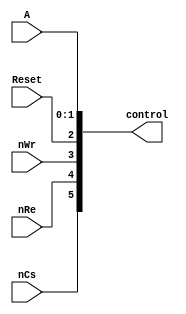

module controllogic(nCs,nRe,nWr,Reset,A,control);
	input nCs,nRe,nWr,Reset;
	input [1:0]A;
	output reg[5:0] control;
	


	always@(nCs,nRe,nWr,Reset,A)
		begin 
	 		control<={nCs,nRe,nWr,Reset,A[1:0]};
		end
	


endmodule